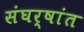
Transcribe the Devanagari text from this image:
संघर्षांत